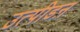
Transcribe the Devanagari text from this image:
उत्पीडऩ